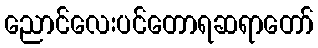
ညောင်လေးပင်တောရဆရာတော်